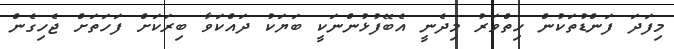
މިފަދަ ފަންޑުތަކުން ހިތްވަރު މިދެނީ އެބޭފުޅުންނަކީ ބަޔަކު ދައްކަވާ ބިރަކަށް ފަހަތަށް ޖެހިގެން